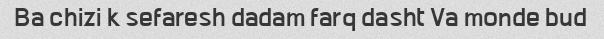
Ba chizi k sefaresh dadam farq dasht Va monde bud